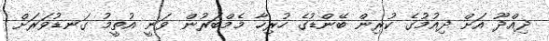
ދިއްދޫ އަށް ދިއުމުގެ ކުރިން ބޭންޑުގެ ހުރިހާ މެމްބަރުން ވަނީ އުތީމު ގަނޑުވަރަށް